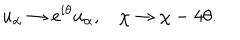
LaTeX: u _ { \alpha } \rightarrow e ^ { i \theta } u _ { \alpha } , \: \: \: \: \chi \rightarrow \chi - 4 \theta .